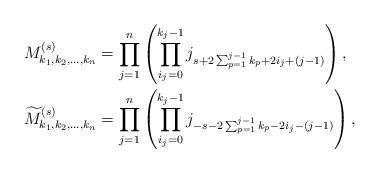
LaTeX: \begin{align*}M^{(s)}_{k_{1},k_{2},\ldots,k_{n}} & =\prod_{j=1}^{n}\left(\prod_{i_{j}=0}^{k_{j}-1}j_{s+2\sum^{j-1}_{p=1}{k_p}+2i_{j}+(j-1)}\right), \\\widetilde{M}^{(s)}_{k_{1},k_{2},\ldots,k_{n}} & =\prod_{j=1}^{n}\left(\prod_{i_{j}=0}^{k_{j}-1}j_{-s-2\sum^{j-1}_{p=1}{k_p}-2i_{j}-(j-1)}\right), \end{align*}